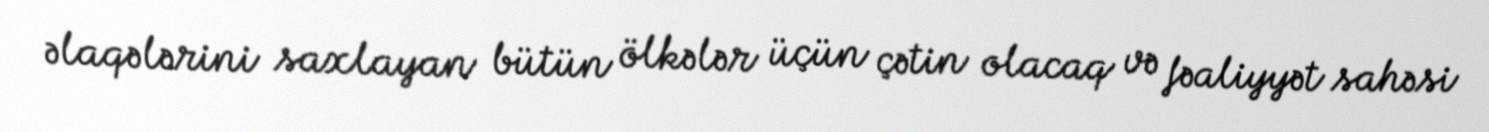
əlaqələrini saxlayan bütün ölkələr üçün çətin olacaq və fəaliyyət sahəsi